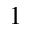
_ 1